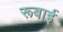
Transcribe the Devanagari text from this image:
रूबाई